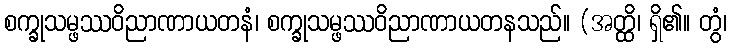
စက္ခုသမ္ဖဿဝိညာဏာယတနံ၊ စက္ခုသမ္ဖဿဝိညာဏာယတနသည်။ (အတ္ထိ၊ ရှိ၏။ တွံ၊